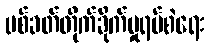
ပစ်ခတ်တိုက်ခိုက်မှုရပ်စဲရေး